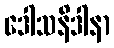
ဒေါသနိဒါနာ